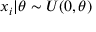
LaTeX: x _ { i } | \theta \sim U ( 0 , \theta )